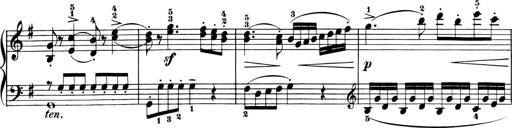
Title: 6 Piano Sonatinas
Composer: Cornelius Gurlitt